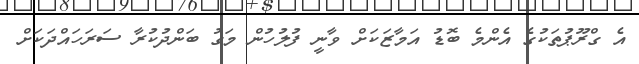
އެ ގްރޫޕުތަކުގެ އެންމެ ބޮޑު އަމާޒަކަށް ވާނީ ފުލުހުން މަގު ބަންދުކުރާ ސަރަހައްދަކަށް